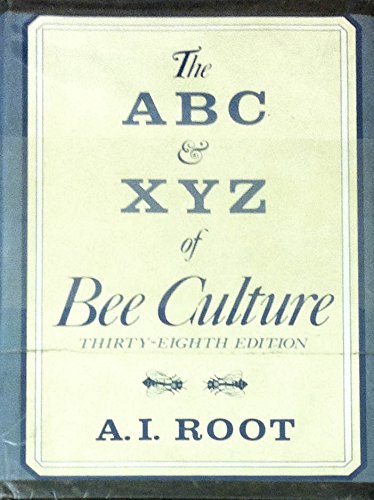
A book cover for ABC & Xyz of Bee Culture; Sports & Outdoors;